Report on vaccination in Madras 1895-1903 - 1895-1903
Year: 1895
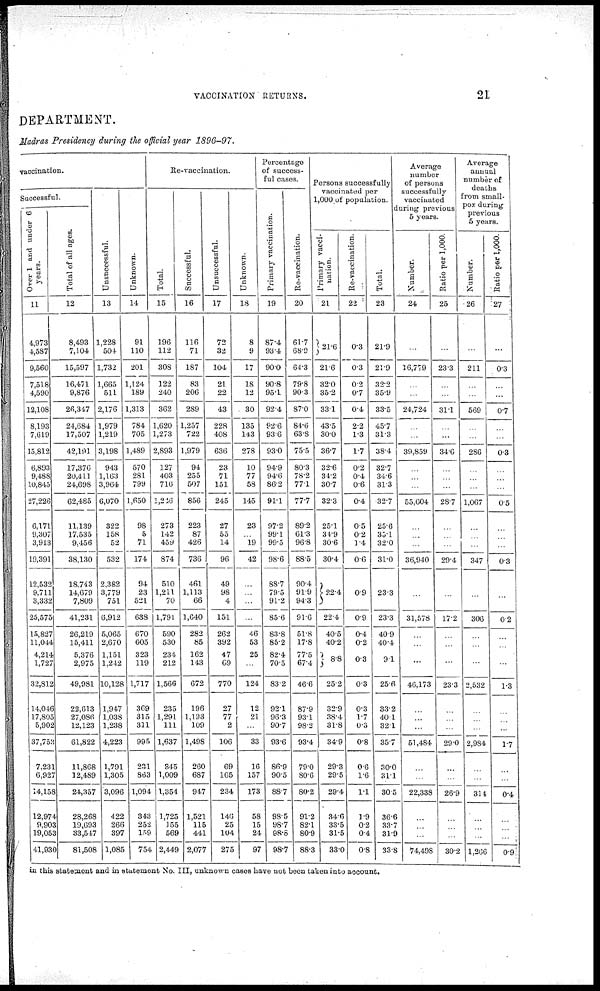
VACCINATION RETURNS.
21
DEPARTMENT.
Madras Presidency during the official year 1896-97.
vaccination.
Successful.
Over 1 and under 6
years.
11
4,973
4,587
9,560
7,518
4,590
12,108
8,193
7,619
15,812
6,893
9,488
10,845
27,226
6,171
9,307
3,913
19,391
12,532
9,711
3,332
25,575
15,827
11,044
4,214
1,727
32,812
14,046
17,805
5,902
37,753
7,231
6,927
14,158
12,974
9,903
19,053
41,930
Total of all ages.
12
8,493
7,104
15,597
16,471
9,876
26,347
24,684
17,507
42,191
17,376
20,411
24,698
62,485
11,139
17,535
9,456
38,130
18,743
14,679
7,809
41,231
26,219
15,411
5,376
2,975
49,981
22,613
27,086
12,123
61,822
11,868
12,489
24,357
28,268
19,693
33,547
81,508
Unsuccessful.
13
1,228
504
1,732
1,665
511
2,176
1,979
1,219
3,198
943
1,163
3,964
6,070
322
158
52
532
2,382
3,779
751
6,912
5,065
2,670
1,151
1,242
10,128
1,947
1,038
1,238
4,223
1,791
1,305
3,096
422
266
397
1,085
Unknown.
14
91
110
201
1,124
189
1,313
784
705
1,489
570
281
799
1,650
98
5
71
174
94
23
521
638
670
605
323
119
1,717
369
315
311
995
231
863
1,094
343
252
159
754
Re-vaccination.
Total.
15
196
112
308
122
240
362
1,620
1,273
2,893
127
403
716
1,216
273
142
459
874
510
1,211
70
1,791
590
530
234
212
1,566
235
1,291
111
1,637
345
1,009
1,354
1,725
155
569
2,449
Successful.
16
116
71
187
83
206
289
1,257
722
1,979
94
255
507
856
223
87
426
736
461
1,113
66
1,640
282
85
162
143
672
196
1,193
109
1,498
260
687
947
1,521
115
441
2,077
Unsuccessful.
17
72
32
104
21
22
43
228
408
636
23
71
151
245
27
55
14
96
49
98
4
151
262
392
47
69
770
27
77
2
106
69
165
234
146
25
104
275
Unknown.
18
8
9
17
18
12
30
135
143
278
10
77
58
145
23
...
19
42
...
...
...
...
46
53
25
...
124
12
21
...
33
16
157
173
58
15
24
97
Percentage
of success-
ful cases.
Primary vaccination.
19
87.4
93.4
90.0
90.8
95.1
92.4
92.6
93.6
93.0
94.9
94.6
86.2
91.1
97.2
99.1
99.5
98.6
88.7
79.5
91.2
85.6
83.8
85.2
82.4
70.5
83.2
92.1
96.3
90.7
93.6
86.9
90.5
88.7
98.5
98.7
98.8
98.7
Re-vaccination.
20
61.7
68.9
64.3
79.8
90.3
87.0
84.6
63.8
75.5
80.3
78.2
77.1
77.7
89.2
61.3
96.8
88.5
90.4
91.9
94.3
91.6
51.8
17.8
77.5
67.4
46.6
87.9
93.1
98.2
93.4
79.0
80.6
80.2
91.2
82.1
80.9
88.3
Persons successfully
vaccinated per
1,000 of population.
Primary vacci-
nation.
21
21.6
21.6
32.0
35.2
33.1
43.5
30.0
36.7
32.6
34.2
30.7
32.3
25.1
34.9
30.6
30.4
22.4
22.4
40.5
40.2
8.8
25.2
32.9
38.4
81.8
34.9
29.3
29.5
29.4
34.6
33.5
31.5
33.0
Re-vaccination.
22
0.3
0.3
0.2
0.7
0.4
2.2
1.3
1.7
0.2
0.4
0.6
0.4
0.5
0.2
1.4
0.6
0.9
0.9
0.4
0.2
0.3
0.3
0.3
1.7
0.3
0.8
0.6
1.6
1.1
1.9
0.2
0.4
0.8
Total.
23
21.9
21.9
32.2
35.9
33.5
45.7
31.3
38.4
32.7
34.6
31.3
32.7
25.6
35.1
32.0
31.0
23.3
23.3
40.9
40.4
9.1
25.6
33.2
40.1
32.1
35.7
30.0
31.1
30.5
36.6
33.7
31.9
33.8
Average
number
of persons
successfully
vaccinated
during previous
5 years.
Number.
24
...
16,779
...
...
24,724
...
...
39,859
...
...
...
55,604
...
...
...
36,940
...
31,578
...
...
...
46,173
...
...
...
51,484
...
...
22,338
...
...
...
74,498
Ratio per 1,000.
25
...
23.3
...
...
31.1
...
...
34.6
...
...
...
28.7
...
...
...
29.4
...
17.2
...
...
...
23.3
...
...
...
29.0
...
...
26.9
...
...
...
30.2
Average
annual
number of
deaths
from small-
pox during
previous
5 years.
Number.
26
...
211
...
...
569
...
...
286
...
...
...
1,067
...
...
...
347
...
306
...
...
...
2,532
...
...
...
2,984
...
...
314
...
...
...
1,266
Ratio per 1,000.
27
...
0.3
...
...
0.7
...
...
0.3
...
...
...
0.5
...
...
...
0.3
...
0.2
...
...
...
1.3
...
...
...
1.7
...
...
0.4
...
...
...
0.9
in this statement and in statement No. III, unknown cases have not been taken into account.